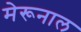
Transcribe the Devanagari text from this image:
मेरूनाल